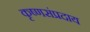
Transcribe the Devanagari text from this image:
कृष्णसंप्रदाय